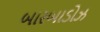
બારબાડોઝ